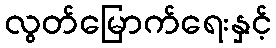
လွတ်မြောက်ရေးနှင့်